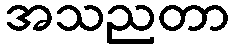
အသညတာ